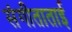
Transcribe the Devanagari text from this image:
संगीताताई